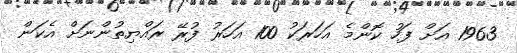
1963 އަށް ފަހު ކޮންމެ އަހަރަކު 100 އަހަރު ފުރޭ ރައްޔިތުންނަށް އެކަން